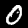
Label: 0